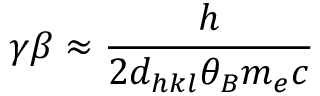
\gamma \beta \approx \frac { h } { 2 d _ { h k l } \theta _ { B } m _ { e } c }